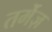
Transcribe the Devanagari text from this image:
तर्मेज़